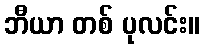
ဘီယာ တစ် ပုလင်း။